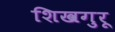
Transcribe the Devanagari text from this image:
शिखगुरू